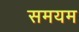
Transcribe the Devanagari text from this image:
समयम